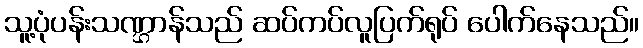
သူ့ပုံပန်းသဏ္ဌာန်သည် ဆပ်ကပ်လူပြက်ရုပ် ပေါက်နေသည်။